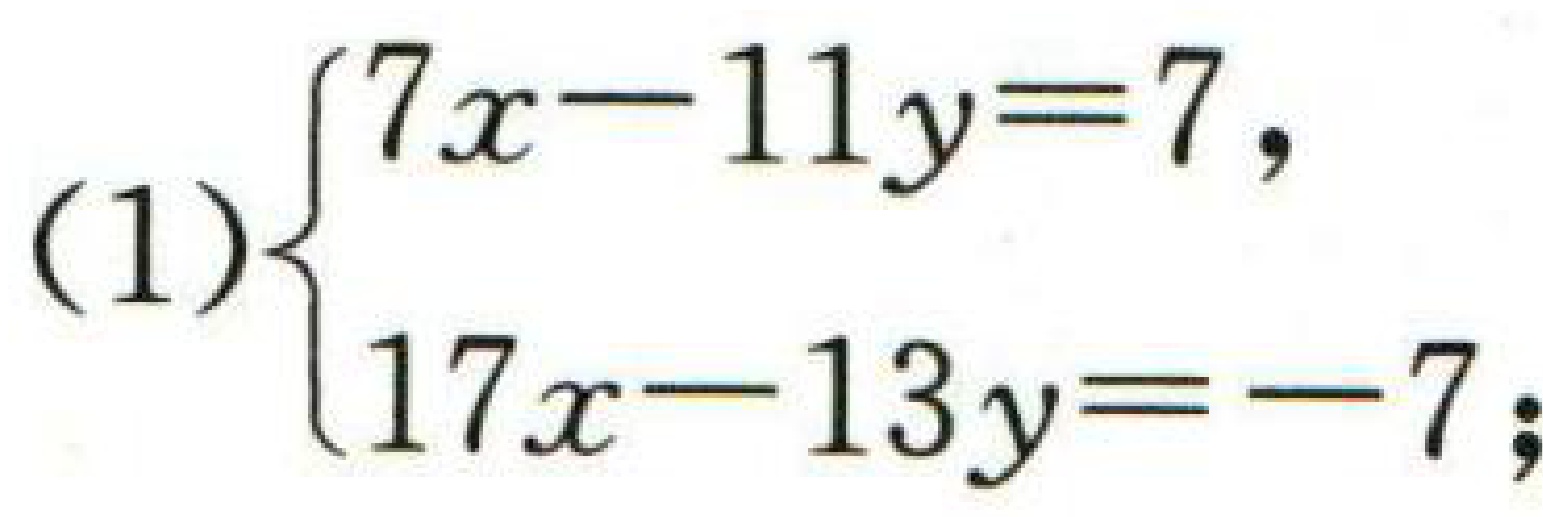
(1)$\begin{cases}7x - 11y = 7,\\17x - 13y = - 7;\end{cases}$